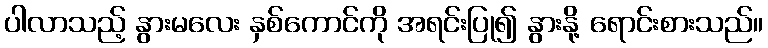
ပါလာသည့် နွားမလေး နှစ်ကောင်ကို အရင်းပြု၍ နွားနို့ ရောင်းစားသည်။